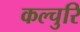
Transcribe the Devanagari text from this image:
कल्चुरि